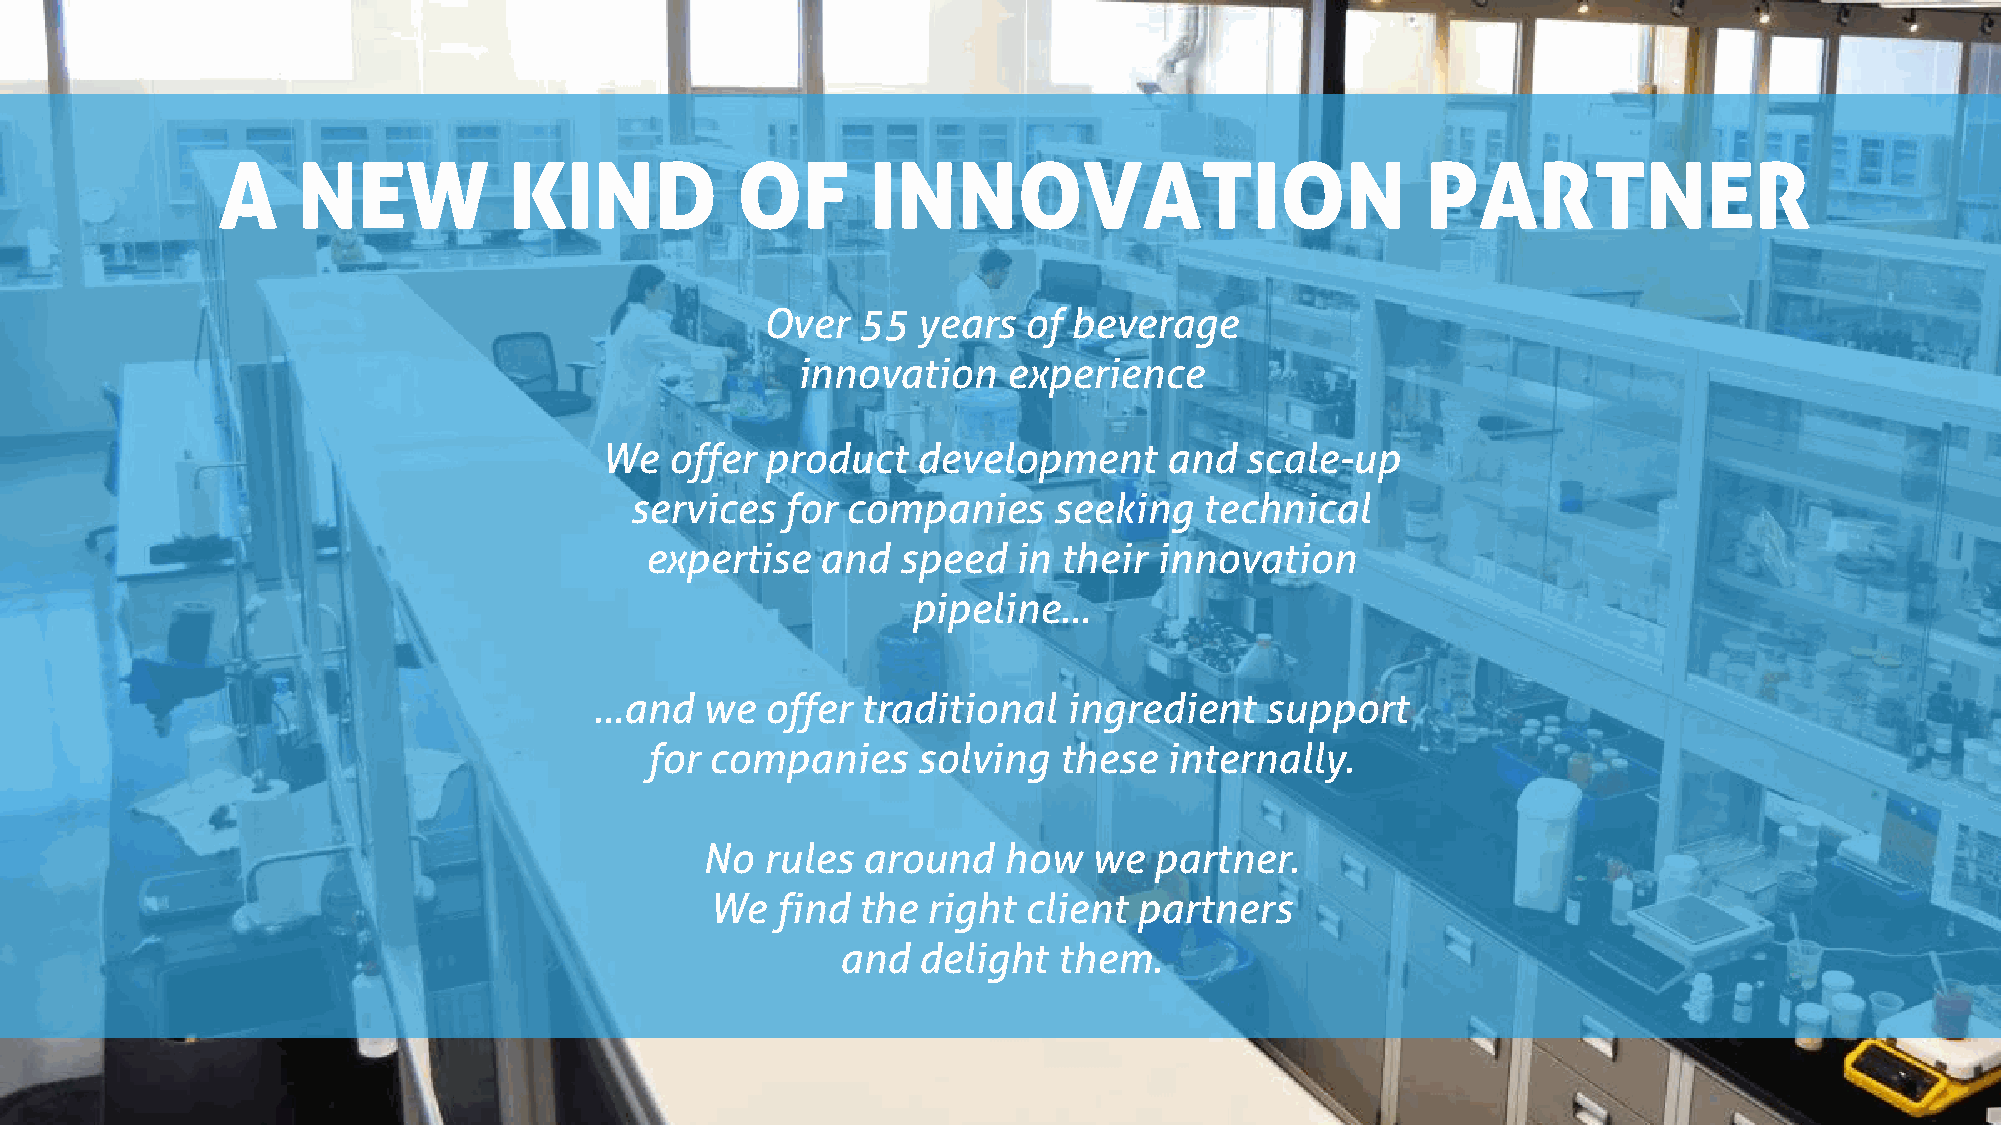
A     NEW           KIND           OF       INNOVATION                          PARTNER
 Over   55  years  of beverage
 innovation    experience
 We  offer  product   development     and  scale-up
 services  for companies     seeking   technical
 expertise  and   speed  in their  innovation
 pipeline…
 …and   we   offer traditional   ingredient   support
 for companies     solving  these  internally.
 No  rules  around   how   we  partner.
 We  find  the right  client partners
 and  delight  them.